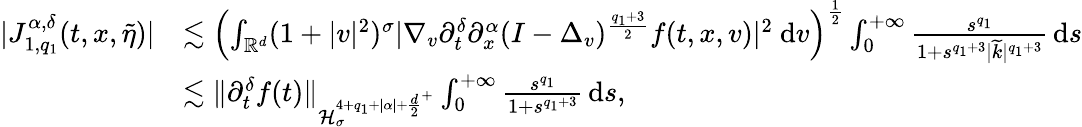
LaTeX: \begin{array}{rl}{\vert J_{1,q_{1}}^{\alpha,\delta}(t,x,\widetilde{\eta})\vert}&{\lesssim\left(\int_{\mathbb R^{d}}(1+\vert v\vert^{2})^{\sigma}\vert\nabla_{v}\partial_{t}^{\delta}\partial_{x}^{\alpha}(I-\Delta_{v})^{\frac{q_{1}+3}{2}}f(t,x,v)\vert^{2}\ \mathrm{d}v\right)^{\frac{1}{2}}\int_{0}^{+\infty}\frac{s^{q_{1}}}{1+s^{q_{1}+3}\vert\widetilde{k}\vert^{q_{1}+3}}\, \mathrm{d}s}\\ &{\lesssim\Vert\partial_{t}^{\delta}f(t)\Vert_{\mathcal{H}_{\sigma}^{4+q_{1}+\vert\alpha\vert+{\frac{d}{2}}^{+}}}\int_{0}^{+\infty}\frac{s^{q_{1}}}{1+s^{q_{1}+3}}\, \mathrm{d}s,}\end{array}